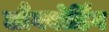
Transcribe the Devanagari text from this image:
लौंगबोर्डिंग